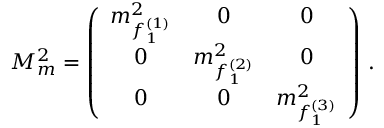
M _ { m } ^ { 2 } = \left( \begin{array} { c c c } { { m _ { f _ { 1 } ^ { ( 1 ) } } ^ { 2 } } } & { { 0 } } & { { 0 } } \\ { { 0 } } & { { m _ { f _ { 1 } ^ { ( 2 ) } } ^ { 2 } } } & { { 0 } } \\ { { 0 } } & { { 0 } } & { { m _ { f _ { 1 } ^ { ( 3 ) } } ^ { 2 } } } \end{array} \right) \, .